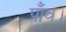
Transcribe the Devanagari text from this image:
पाँव।